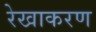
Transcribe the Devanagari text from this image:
रेखाकरण